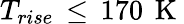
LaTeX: T_{rise}\, \leq\, 170\, \mathrm{~K~}